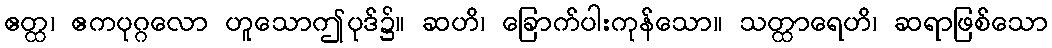
ဧတ္ထ၊ ဧကပုဂ္ဂလော ဟူသောဤပုဒ်၌။ ဆဟိ၊ ခြောက်ပါးကုန်သော။ သတ္ထာရေဟိ၊ ဆရာဖြစ်သော